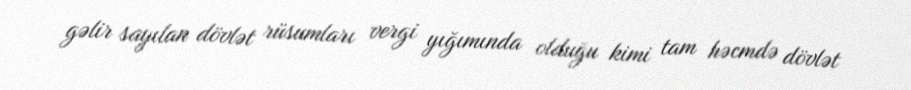
gəlir sayılan dövlət rüsumları vergi yığımında olduğu kimi tam həcmdə dövlət